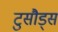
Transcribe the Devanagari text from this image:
टुसौड्स